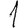
Digit: 1